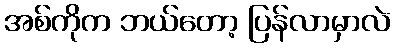
အစ်ကိုက ဘယ်တော့ ပြန်လာမှာလဲ